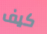
كيف